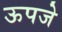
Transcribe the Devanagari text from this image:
ऊपजे